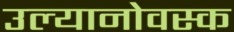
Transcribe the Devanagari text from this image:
उल्यानोवस्क